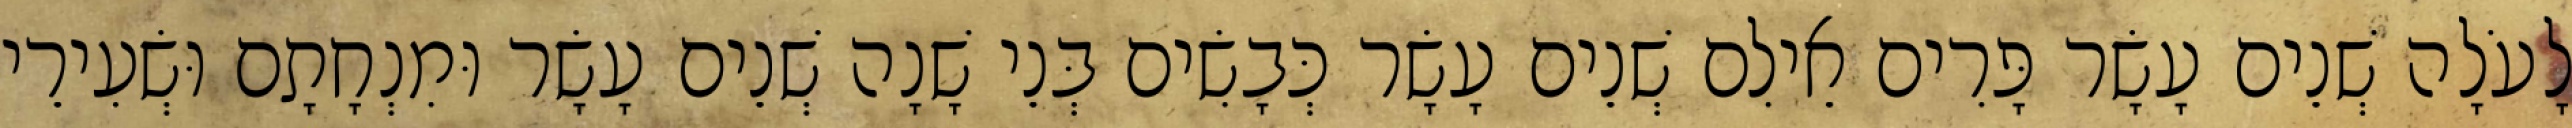
לָעֹלָה שְׁנֵים עָשָׂר פָּרִים אֵילִם שְׁנֵים עָשָׂר כְּבָשִׂים בְּנֵי שָׁנָה שְׁנֵים עָשָׂר וּמִנְחָתָם וּשְׂעִירֵי